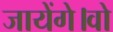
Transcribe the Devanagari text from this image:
जायेंगे।वो